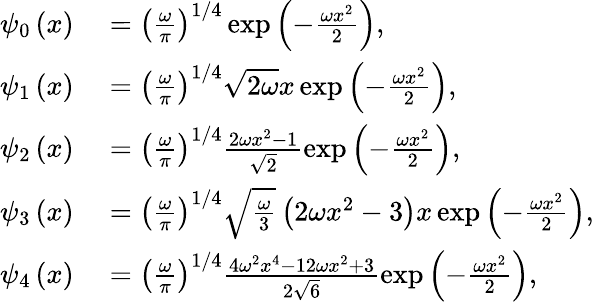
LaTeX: \begin{array}{rl}{\psi_{0}\left(x\right)}&{{}=\left(\frac{\omega}{\pi}\right)^{1/4}\exp\left(-\frac{\omega x^{2}}{2}\right),}\\ {\psi_{1}\left(x\right)}&{{}=\left(\frac{\omega}{\pi}\right)^{1/4}\sqrt{2\omega}x\exp\left(-\frac{\omega x^{2}}{2}\right),}\\ {\psi_{2}\left(x\right)}&{{}=\left(\frac{\omega}{\pi}\right)^{1/4}\frac{2\omega x^{2}-1}{\sqrt{2}}\exp\left(-\frac{\omega x^{2}}{2}\right),}\\ {\psi_{3}\left(x\right)}&{{}=\left(\frac{\omega}{\pi}\right)^{1/4}\sqrt{\frac{\omega}{3}}\left(2\omega x^{2}-3\right)x\exp\left(-\frac{\omega x^{2}}{2}\right),}\\ {\psi_{4}\left(x\right)}&{{}=\left(\frac{\omega}{\pi}\right)^{1/4}\frac{4\omega^{2}x^{4}-12\omega x^{2}+3}{2\sqrt{6}}\exp\left(-\frac{\omega x^{2}}{2}\right),}\end{array}